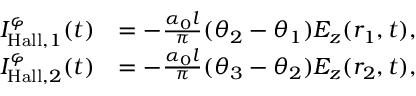
\begin{array} { r l } { I _ { \mathrm { H a l l } , 1 } ^ { \varphi } ( t ) } & { = - \frac { \alpha _ { 0 } l } { \pi } ( \theta _ { 2 } - \theta _ { 1 } ) E _ { z } ( r _ { 1 } , t ) , } \\ { I _ { \mathrm { H a l l } , 2 } ^ { \varphi } ( t ) } & { = - \frac { \alpha _ { 0 } l } { \pi } ( \theta _ { 3 } - \theta _ { 2 } ) E _ { z } ( r _ { 2 } , t ) , } \end{array}